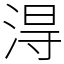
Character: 淂